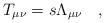
LaTeX: \begin{align*} T_{\mu \nu} = s \Lambda_{\mu \nu} \quad ,\end{align*}